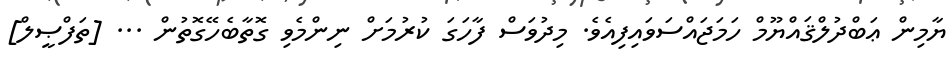
ޔާމިން ޢަބްދުލްޤައްޔޫމް ހަމަޖައްސަވައިފިއެވެ. މިދުވަސް ފާހަގަ ކުރުމަށް ނިންމެވި ގޮތާބެހޭގޮތުން ... [ތަފްޞީލް]